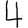
Digit: 4